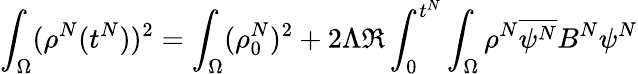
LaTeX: \int_{\Omega}(\rho^{N}(t^{N}))^{2}=\int_{\Omega}(\rho_{0}^{N})^{2}+2\Lambda\Re\int_{0}^{t^{N}}\int_{\Omega}\rho^{N}\overline{{\psi^{N}}}B^{N}\psi^{N}